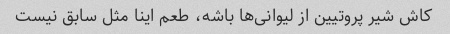
کاش شیر پروتیین از لیوانی‌ها باشه، طعم اینا مثل سابق نیست